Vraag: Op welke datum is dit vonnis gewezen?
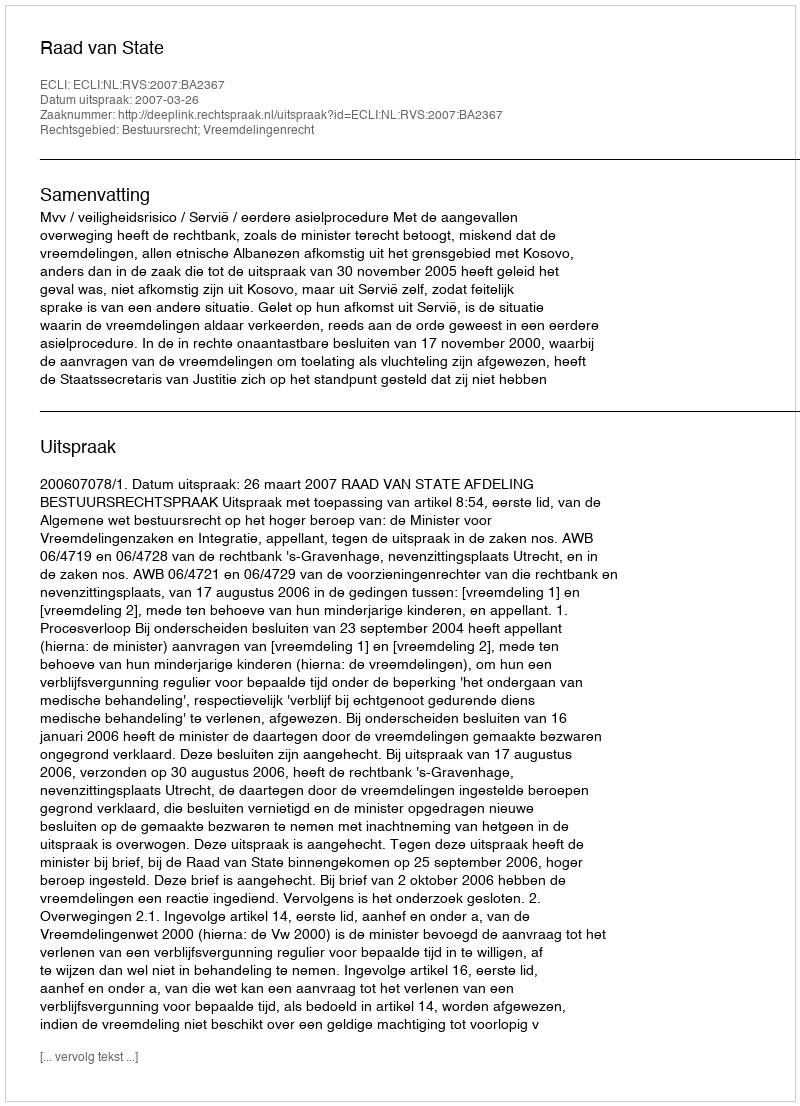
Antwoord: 2007-03-26